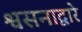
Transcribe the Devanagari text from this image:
श्वसनाद्वारे